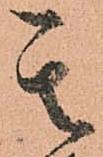
其